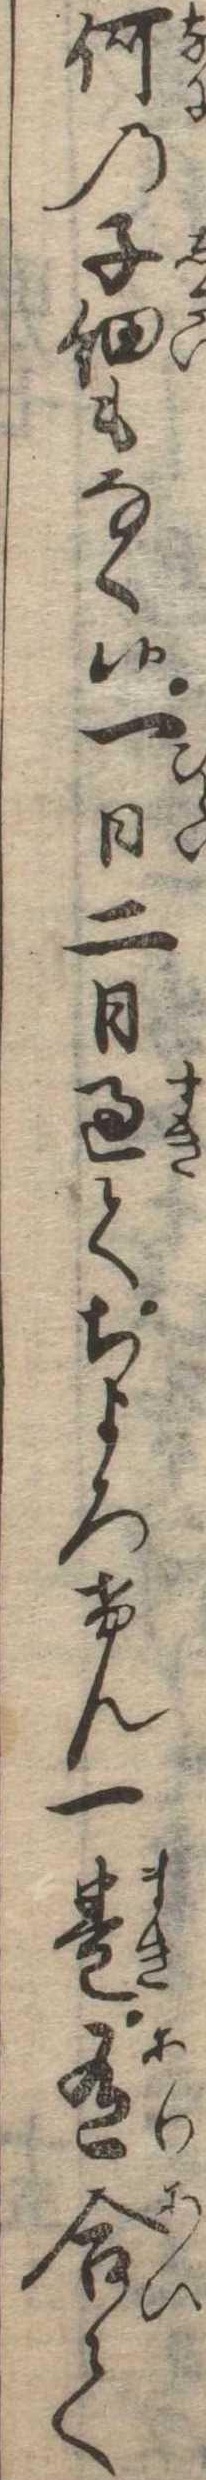
何の子細もなく候一日二日過てちよろけん一巻有合て